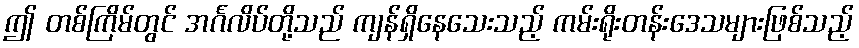
ဤ တစ်ကြိမ်တွင် အင်္ဂလိပ်တို့သည် ကျန်ရှိနေသေးသည့် ကမ်းရိုးတန်းဒေသများဖြစ်သည့်